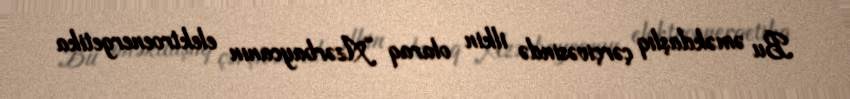
Bu əməkdaşlıq çərçivəsində ilkin olaraq “Azərbaycanın elektroenergetika